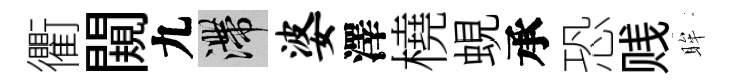
衢闚九滯婆澤橈蜆承恐贱眸